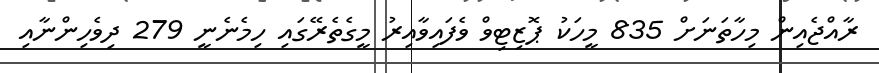
ރާއްޖެއިން މިހާތަނަށް 835 މީހަކު ޕޮޒިޓިވް ވެފައިވާއިރު މީގެތެރޭގައި ހިމެނެނީ 279 ދިވެހިންނާއި